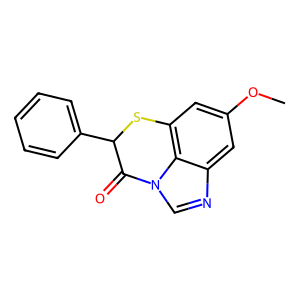
SMILES: COc1cc2c3c(c1)ncn3C(=O)C(c1ccccc1)S2
Inhibits HIV replication: No